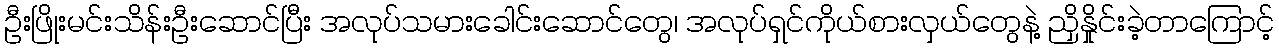
ဦးဖြိုးမင်းသိန်းဦးဆောင်ပြီး အလုပ်သမားခေါင်းဆောင်တွေ၊ အလုပ်ရှင်ကိုယ်စားလှယ်တွေနဲ့ ညှိနှိုင်းခဲ့တာကြောင့်